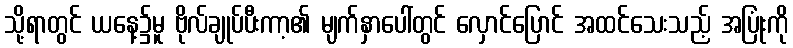
သို့ရာတွင် ယနေ့၌မူ ဗိုလ်ချုပ်ပီးကာ့၏ မျက်နှာပေါ်တွင် လှောင်ပြောင် အထင်သေးသည့် အပြုံးကို